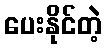
ပေးနိုင်တဲ့